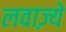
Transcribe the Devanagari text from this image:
लवाज़्ये